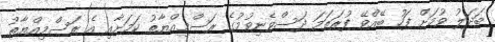
ބަދަލު ވުމަށް ފަހު ބޭއްވޭ ފުރަތަމަ ދަސްވެނިވުމުގެ ރަސްމިއްޔާތު ކަމަށާއި އެ ރަސްމިއްޔާތު